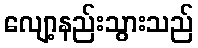
လျော့နည်းသွားသည်